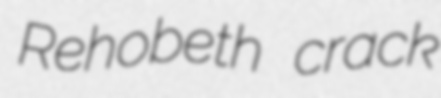
Rehobeth crack